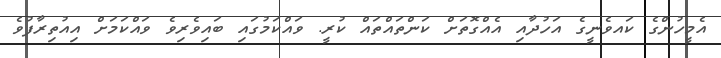
އެމީހުންގެ ކައވެނީގެ އަހުދާއި އެއްގޮތަށް ކަންތައްތައް ކުރީ. ވައްކަމުގައި ބައިވެރިވެ ވައްކަމަށް އިއުތިރާފުވެ